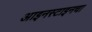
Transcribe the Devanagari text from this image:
आइनस्टाइनचा